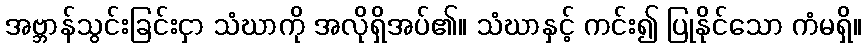
အဗ္ဘာန်သွင်းခြင်းငှာ သံဃာကို အလိုရှိအပ်၏။ သံဃာနှင့် ကင်း၍ ပြုနိုင်သော ကံမရှိ။